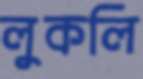
লুকলি